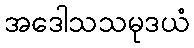
အဒေါသသမုဒယံ